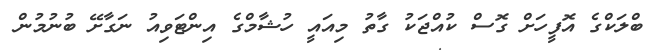
ބްލަކްގެ އޮފީހަށް ގޮސް ކުއްޖަކު ގާތު މިއައީ ހުޝާމްގެ އިންޓަވިއު ނަގާށޭ ބުނުމުން